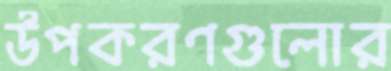
উপকরণগুলোর